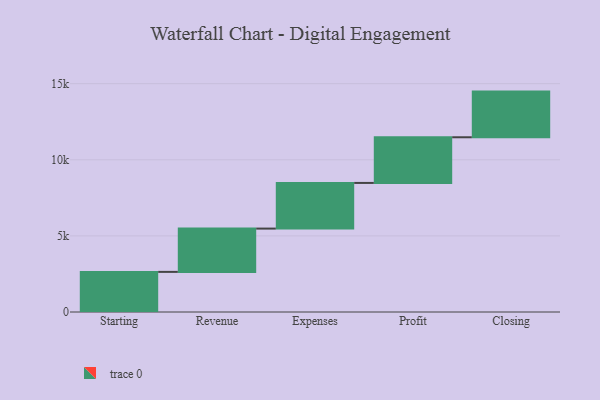
{"axis": {"x": "Step", "y": "Value"}, "legend": [""], "data": [{"x": "Starting", "y": 2636.0, "type": ""}, {"x": "Revenue", "y": 2844.0, "type": ""}, {"x": "Expenses", "y": 3000, "type": ""}, {"x": "Profit", "y": 3000, "type": ""}, {"x": "Closing", "y": 3000, "type": ""}]}